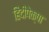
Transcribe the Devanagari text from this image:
हिंदीपेक्षा